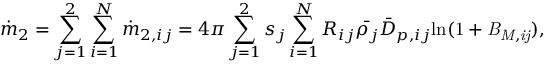
\dot { m } _ { 2 } = \sum _ { j = 1 } ^ { 2 } \sum _ { i = 1 } ^ { N } \dot { m } _ { 2 , i j } = 4 \pi \sum _ { j = 1 } ^ { 2 } s _ { j } \sum _ { i = 1 } ^ { N } R _ { i j } \Bar { \rho _ { j } } \bar { D } _ { p , i j } \mathrm { { l n } ( 1 + \it { B _ { M , i j } ) } , }